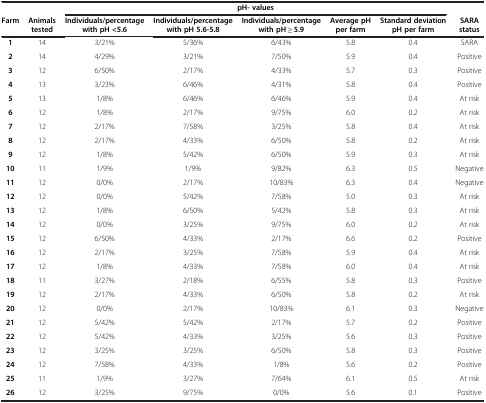
<table><thead><tr><td><b> </b></td><td><b> </b></td><td colspan="5"><b>pH- values</b></td><td><b> </b></td></tr><tr><td><b>Farm</b></td><td><b>Animals tested</b></td><td><b>Individuals/percentage with pH &lt;5.6</b></td><td><b>Individuals/percentage with pH 5.6-5.8</b></td><td><b>Individuals/percentage with pH ≥ 5.9</b></td><td><b>Average pH per farm</b></td><td><b>Standard deviation pH per farm</b></td><td><b>SARA status</b></td></tr></thead><tbody><tr><td><b>1</b></td><td>14</td><td>3/21%</td><td>5/36%</td><td>6/43%</td><td>5.8</td><td>0.4</td><td>SARA</td></tr><tr><td><b>2</b></td><td>14</td><td>4/29%</td><td>3/21%</td><td>7/50%</td><td>5.9</td><td>0.4</td><td>Positive</td></tr><tr><td><b>3</b></td><td>12</td><td>6/50%</td><td>2/17%</td><td>4/33%</td><td>5.7</td><td>0.3</td><td>Positive</td></tr><tr><td><b>4</b></td><td>13</td><td>3/23%</td><td>6/46%</td><td>4/31%</td><td>5.8</td><td>0.4</td><td>Positive</td></tr><tr><td><b>5</b></td><td>13</td><td>1/8%</td><td>6/46%</td><td>6/46%</td><td>5.9</td><td>0.4</td><td>At risk</td></tr><tr><td><b>6</b></td><td>12</td><td>1/8%</td><td>2/17%</td><td>9/75%</td><td>6.0</td><td>0.2</td><td>At risk</td></tr><tr><td><b>7</b></td><td>12</td><td>2/17%</td><td>7/58%</td><td>3/25%</td><td>5.8</td><td>0.4</td><td>At risk</td></tr><tr><td><b>8</b></td><td>12</td><td>2/17%</td><td>4/33%</td><td>6/50%</td><td>5.8</td><td>0.2</td><td>At risk</td></tr><tr><td><b>9</b></td><td>12</td><td>1/8%</td><td>5/42%</td><td>6/50%</td><td>5.9</td><td>0.3</td><td>At risk</td></tr><tr><td><b>10</b></td><td>11</td><td>1/9%</td><td>1/9%</td><td>9/82%</td><td>6.3</td><td>0.5</td><td>Negative</td></tr><tr><td><b>11</b></td><td>12</td><td>0/0%</td><td>2/17%</td><td>10/83%</td><td>6.3</td><td>0.4</td><td>Negative</td></tr><tr><td><b>12</b></td><td>12</td><td>0/0%</td><td>5/42%</td><td>7/58%</td><td>5.0</td><td>0.3</td><td>At risk</td></tr><tr><td><b>13</b></td><td>12</td><td>1/8%</td><td>6/50%</td><td>5/42%</td><td>5.8</td><td>0.3</td><td>At risk</td></tr><tr><td><b>14</b></td><td>12</td><td>0/0%</td><td>3/25%</td><td>9/75%</td><td>6.0</td><td>0.2</td><td>At risk</td></tr><tr><td><b>15</b></td><td>12</td><td>6/50%</td><td>4/33%</td><td>2/17%</td><td>6.6</td><td>0.2</td><td>Positive</td></tr><tr><td><b>16</b></td><td>12</td><td>2/17%</td><td>3/25%</td><td>7/58%</td><td>5.9</td><td>0.4</td><td>At risk</td></tr><tr><td><b>17</b></td><td>12</td><td>1/8%</td><td>4/33%</td><td>7/58%</td><td>6.0</td><td>0.4</td><td>At risk</td></tr><tr><td><b>18</b></td><td>11</td><td>3/27%</td><td>2/18%</td><td>6/55%</td><td>5.8</td><td>0.3</td><td>Positive</td></tr><tr><td><b>19</b></td><td>12</td><td>2/17%</td><td>4/33%</td><td>6/50%</td><td>5.8</td><td>0.2</td><td>At risk</td></tr><tr><td><b>20</b></td><td>12</td><td>0/0%</td><td>2/17%</td><td>10/83%</td><td>6.1</td><td>0.3</td><td>Negative</td></tr><tr><td><b>21</b></td><td>12</td><td>5/42%</td><td>5/42%</td><td>2/17%</td><td>5.7</td><td>0.2</td><td>Positive</td></tr><tr><td><b>22</b></td><td>12</td><td>5/42%</td><td>4/33%</td><td>3/25%</td><td>5.6</td><td>0.3</td><td>Positive</td></tr><tr><td><b>23</b></td><td>12</td><td>3/25%</td><td>3/25%</td><td>6/50%</td><td>5.8</td><td>0.3</td><td>Positive</td></tr><tr><td><b>24</b></td><td>12</td><td>7/58%</td><td>4/33%</td><td>1/8%</td><td>5.6</td><td>0.2</td><td>Positive</td></tr><tr><td><b>25</b></td><td>11</td><td>1/9%</td><td>3/27%</td><td>7/64%</td><td>6.1</td><td>0.5</td><td>At risk</td></tr><tr><td><b>26</b></td><td>12</td><td>3/25%</td><td>9/75%</td><td>0/0%</td><td>5.6</td><td>0.1</td><td>Positive</td></tr></tbody></table>